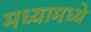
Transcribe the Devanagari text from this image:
मध्यामध्ये